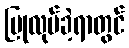
ပြုလုပ်ခဲ့ရာတွင်